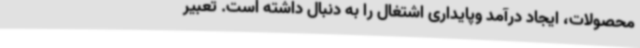
محصولات، ایجاد درآمد وپایداری اشتغال را به دنبال داشته است. تعبیر